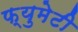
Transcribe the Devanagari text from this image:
फ्युमेटी